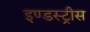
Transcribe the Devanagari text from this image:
इण्डस्ट्रीस